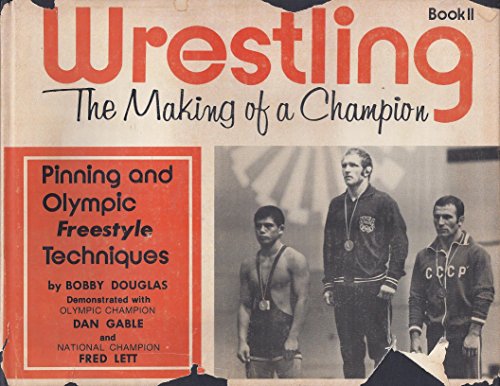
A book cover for Wrestling, The Making of a Champion Book II (Pinning and Olympic Free Style Techniques, Book 2); Bobby Douglas; Sports & Outdoors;